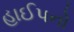
હાઈપનો